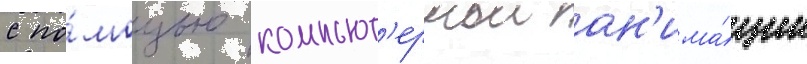
с по́мощью компьют'ернои ан'има́ции